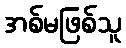
အစ်မဖြစ်သူ